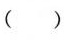
()